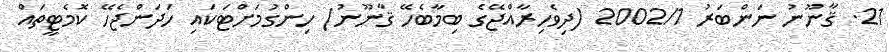
21. ޤާނޫނު ނަންބަރު 2002/1 (ދިވެހިރާއްޖޭގެ ބިމާބެހޭ ޤާނޫނު) ހިންގުމަށްޓަކައި ހަދަންޖެހޭ ކޮމެޓީތައް